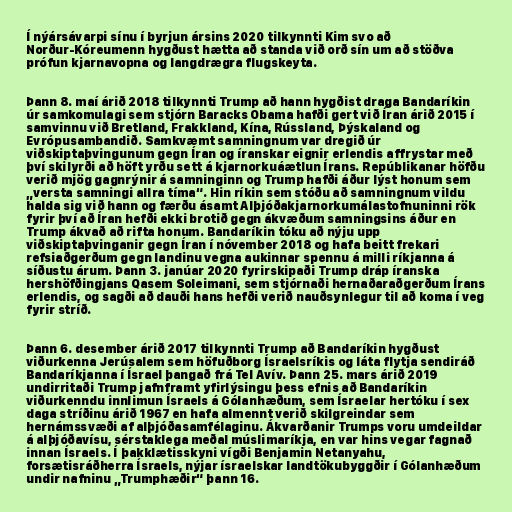
Í nýársávarpi sínu í byrjun ársins 2020 tilkynnti Kim svo að
Norður-Kóreumenn hygðust hætta að standa við orð sín um að stöðva
próf­un kjarna­vopna og lang­drægra flug­skeyta.

Þann 8. maí árið 2018 tilkynnti Trump að hann hygðist draga Bandaríkin
úr samkomulagi sem stjórn Baracks Obama hafði gert við Íran árið 2015 í
samvinnu við Bretland, Frakkland, Kína, Rússland, Þýskaland og
Evrópusambandið. Samkvæmt samningnum var dregið úr
viðskiptaþvingunum gegn Íran og íranskar eignir erlendis affrystar með
því skilyrði að höft yrðu sett á kjarnorkuáætlun Írans. Repúblikanar höfðu
verið mjög gagnrýnir á samninginn og Trump hafði áður lýst honum sem
„versta samningi allra tíma“. Hin ríkin sem stóðu að samningnum vildu
halda sig við hann og færðu ásamt Alþjóðakjarnorkumálastofnuninni rök
fyrir því að Íran hefði ekki brotið gegn ákvæðum samningsins áður en
Trump ákvað að rifta honum. Bandaríkin tóku að nýju upp
viðskiptaþvinganir gegn Íran í nóvember 2018 og hafa beitt frekari
refsiaðgerðum gegn landinu vegna aukinnar spennu á milli ríkjanna á
síðustu árum. Þann 3. janúar 2020 fyrirskipaði Trump dráp íranska
hershöfðingjans Qasem Soleimani, sem stjórnaði hernaðaraðgerðum Írans
erlendis, og sagði að dauði hans hefði verið nauðsynlegur til að koma í veg
fyrir stríð.

Þann 6. desember árið 2017 tilkynnti Trump að Bandaríkin hygðust
viðurkenna Jerúsalem sem höfuðborg Ísraelsríkis og láta flytja sendiráð
Bandaríkjanna í Ísrael þangað frá Tel Avív. Þann 25. mars árið 2019
undirritaði Trump jafnframt yfirlýsingu þess efnis að Bandaríkin
viðurkenndu innlimun Ísraels á Gólanhæðum, sem Ísraelar hertóku í sex
daga stríðinu árið 1967 en hafa almennt verið skilgreindar sem
hernámssvæði af alþjóðasamfélaginu. Ákvarðanir Trumps voru umdeildar
á alþjóðavísu, sérstaklega meðal múslimaríkja, en var hins vegar fagnað
innan Ísraels. Í þakklætisskyni vígði Benjamin Netanyahu,
forsætisráðherra Ísraels, nýjar ísraelskar landtökubyggðir í Gólanhæðum
undir nafninu „Trumphæðir“ þann 16.